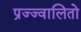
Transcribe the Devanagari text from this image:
प्रज्ज्वालितो